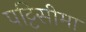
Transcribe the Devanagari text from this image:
पट्टिसीमा